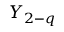
Y _ { 2 - q }